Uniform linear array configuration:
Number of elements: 48
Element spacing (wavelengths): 0.75
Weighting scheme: exponential
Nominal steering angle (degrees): -15
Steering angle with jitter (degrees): -13.234
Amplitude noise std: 0.05
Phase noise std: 0.05

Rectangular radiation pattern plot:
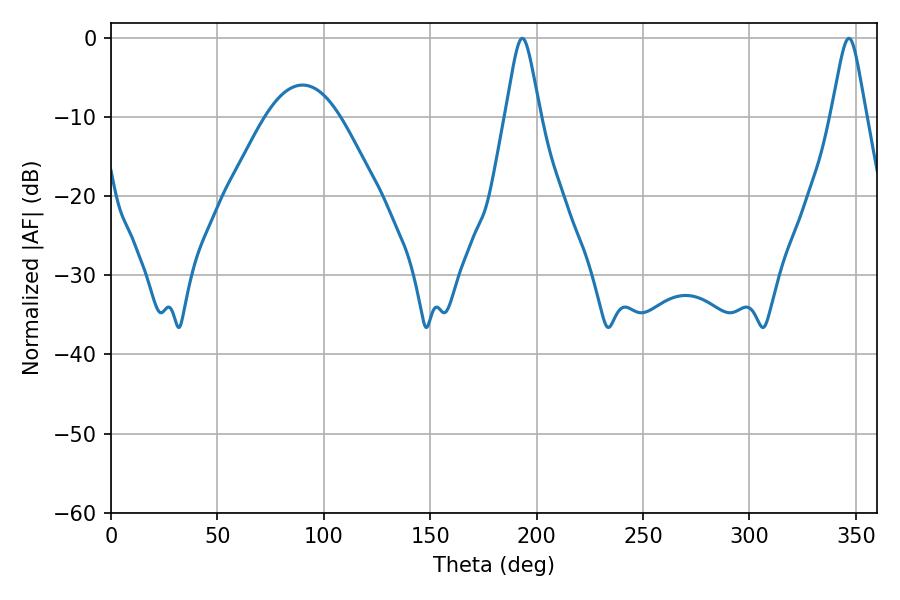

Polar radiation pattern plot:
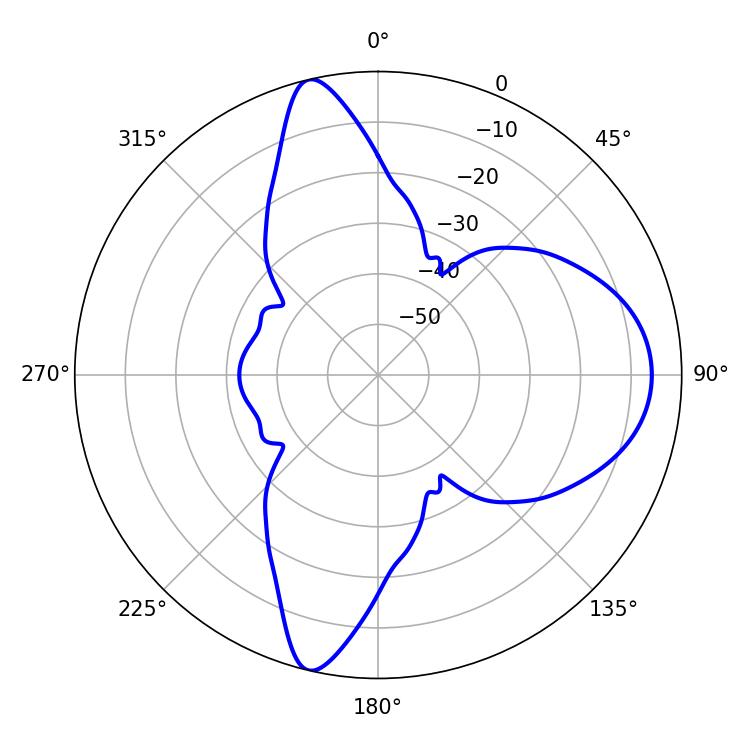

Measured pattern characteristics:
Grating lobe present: TRUE
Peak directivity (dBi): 14.659
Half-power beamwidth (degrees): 7.92
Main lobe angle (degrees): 193.32